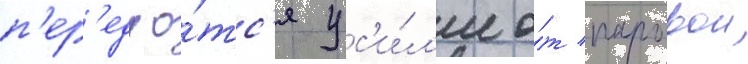
п'ер'едао́тс'я ус'и́л'ие о́т паровои